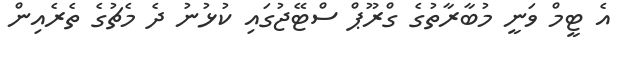
އެ ޓީމް ވަނީ މުބާރާތުގެ ގްރޫޕް ސްޓޭޖުގައި ކުޅުނު ދެ މެޗުގެ ތެރެއިން